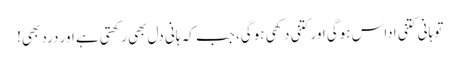
تو ہانی کتنی اداس ہوگی اور کتنی دکھی ہوگی، جب کہ ہانی دل بھی رکھتی ہے اور درد بھی!